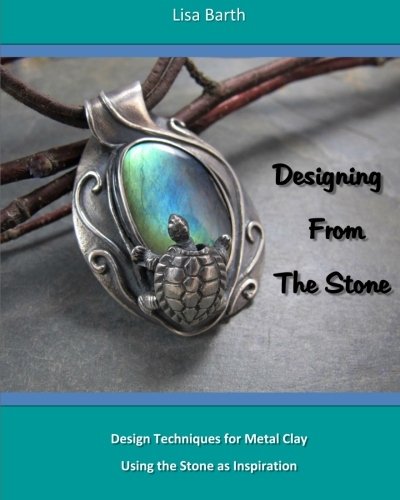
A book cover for Designing From The Stone: Design Techniques for Bezel Setting in Metal Clay Using the Stone as Inspiration; Lisa Barth; Crafts, Hobbies & Home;